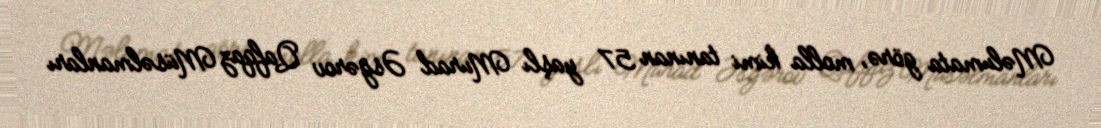
Məlumata görə, molla kimi tanınan 57 yaşlı Murad Əsgərov Qafqaz Müsəlmanları